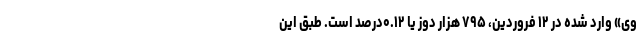
وی» وارد شده در ۱۲ فروردین، ۷۹۵ هزار دوز یا ۰.۱۲درصد است. طبق این